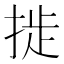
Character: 𫽉